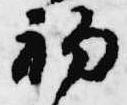
初